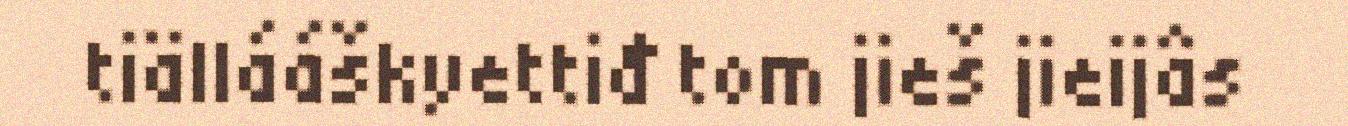
tiällááškyettiđ tom jieš jieijâs